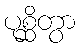
ပုစ္ဆိတွာ